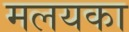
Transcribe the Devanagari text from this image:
मलयका